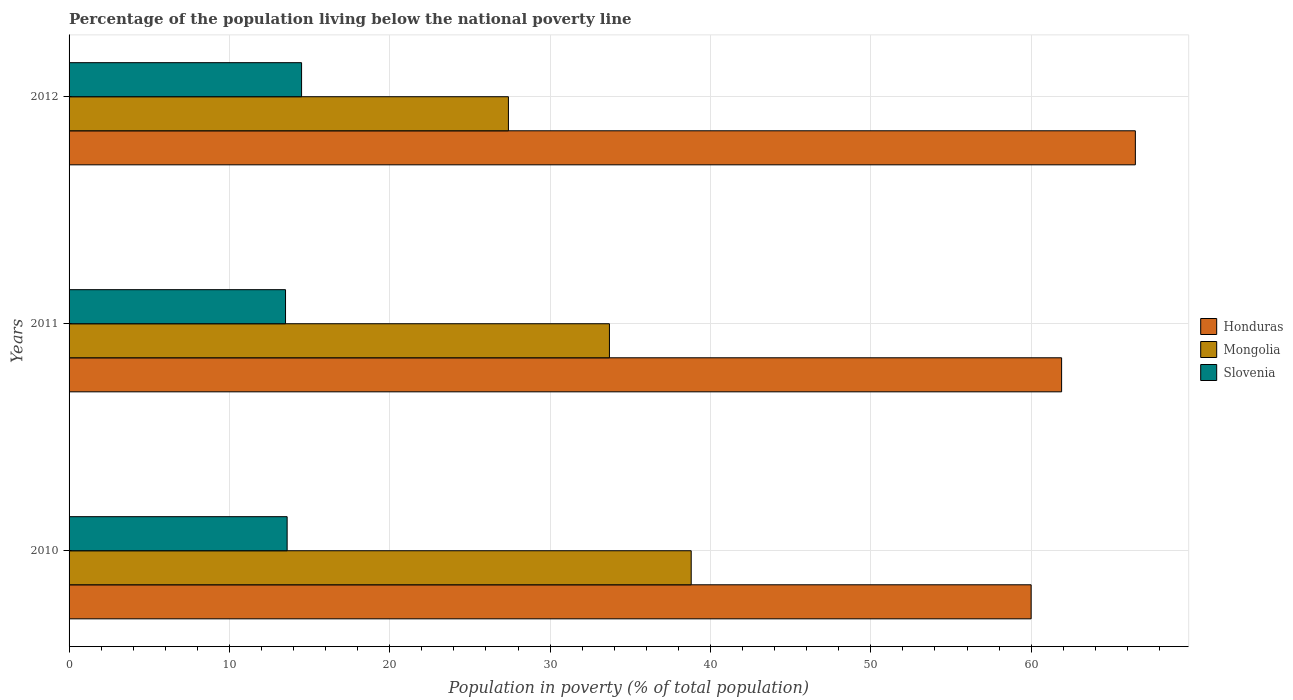
| Years | Honduras | Mongolia | Slovenia |
 | --- | --- | --- | --- |
 | 2010 | 60 | 38.8 | 13.6 |
 | 2011 | 61.9 | 33.7 | 13.5 |
 | 2012 | 66.5 | 27.4 | 14.5 |